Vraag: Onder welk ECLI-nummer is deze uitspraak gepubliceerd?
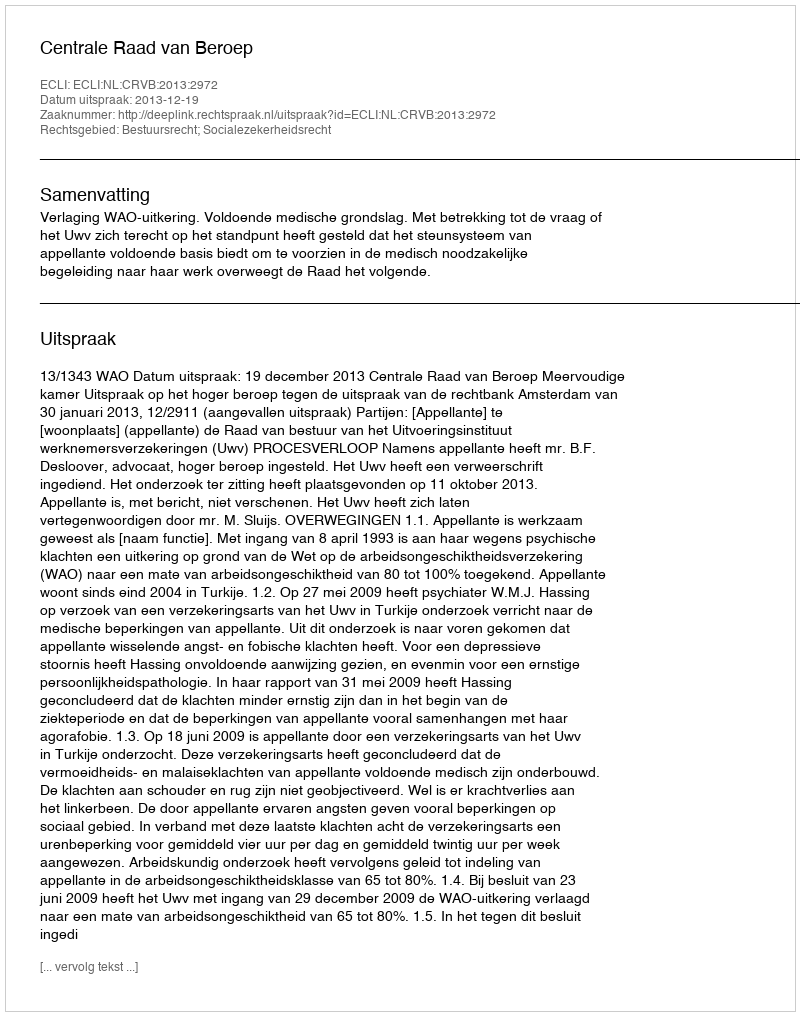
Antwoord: ECLI:NL:CRVB:2013:2972